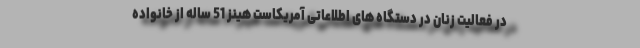
در فعالیت زنان در دستگاه های اطلاعاتی آمریکاست هینز 51 ساله از خانواده